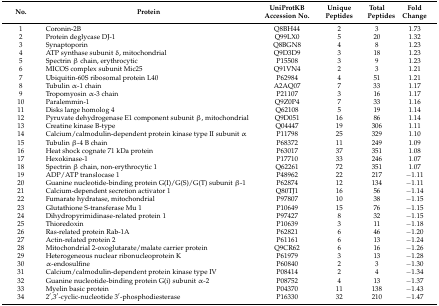
<table><thead><tr><td><b>No.</b></td><td><b>Protein</b></td><td><b>UniProtKB Accession No.</b></td><td><b>Unique Peptides</b></td><td><b>Total Peptides</b></td><td><b>Fold Change</b></td></tr></thead><tbody><tr><td>1</td><td>Coronin-2B</td><td>Q8BH44</td><td>2</td><td>3</td><td>1.73</td></tr><tr><td>2</td><td>Protein deglycase DJ-1</td><td>Q99LX0</td><td>5</td><td>20</td><td>1.32</td></tr><tr><td>3</td><td>Synaptoporin</td><td>Q8BGN8</td><td>4</td><td>8</td><td>1.23</td></tr><tr><td>4</td><td>ATP synthase subunit δ, mitochondrial</td><td>Q9D3D9</td><td>3</td><td>18</td><td>1.23</td></tr><tr><td>5</td><td>Spectrin β chain, erythrocytic</td><td>P15508</td><td>3</td><td>9</td><td>1.23</td></tr><tr><td>6</td><td>MICOS complex subunit Mic25</td><td>Q91VN4</td><td>2</td><td>3</td><td>1.21</td></tr><tr><td>7</td><td>Ubiquitin-60S ribosomal protein L40</td><td>P62984</td><td>4</td><td>51</td><td>1.21</td></tr><tr><td>8</td><td>Tubulin α-1 chain</td><td>A2AQ07</td><td>7</td><td>33</td><td>1.17</td></tr><tr><td>9</td><td>Tropomyosin α-3 chain</td><td>P21107</td><td>3</td><td>16</td><td>1.17</td></tr><tr><td>10</td><td>Paralemmin-1</td><td>Q9Z0P4</td><td>7</td><td>33</td><td>1.16</td></tr><tr><td>11</td><td>Disks large homolog 4</td><td>Q62108</td><td>5</td><td>19</td><td>1.14</td></tr><tr><td>12</td><td>Pyruvate dehydrogenase E1 component subunit β, mitochondrial</td><td>Q9D051</td><td>16</td><td>86</td><td>1.14</td></tr><tr><td>13</td><td>Creatine kinase B-type</td><td>Q04447</td><td>19</td><td>306</td><td>1.11</td></tr><tr><td>14</td><td>Calcium/calmodulin-dependent protein kinase type II subunit α</td><td>P11798</td><td>25</td><td>329</td><td>1.10</td></tr><tr><td>15</td><td>Tubulin β-4 B chain</td><td>P68372</td><td>11</td><td>249</td><td>1.09</td></tr><tr><td>16</td><td>Heat shock cognate 71 kDa protein</td><td>P63017</td><td>37</td><td>351</td><td>1.08</td></tr><tr><td>17</td><td>Hexokinase-1</td><td>P17710</td><td>33</td><td>246</td><td>1.07</td></tr><tr><td>18</td><td>Spectrin β chain, non-erythrocytic 1</td><td>Q62261</td><td>72</td><td>351</td><td>1.07</td></tr><tr><td>19</td><td>ADP/ATP translocase 1</td><td>P48962</td><td>22</td><td>217</td><td>−1.11</td></tr><tr><td>20</td><td>Guanine nucleotide-binding protein G(I)/G(S)/G(T) subunit β-1</td><td>P62874</td><td>12</td><td>134</td><td>−1.11</td></tr><tr><td>21</td><td>Calcium-dependent secretion activator 1</td><td>Q80TJ1</td><td>16</td><td>56</td><td>−1.14</td></tr><tr><td>22</td><td>Fumarate hydratase, mitochondrial</td><td>P97807</td><td>10</td><td>38</td><td>−1.15</td></tr><tr><td>23</td><td>Glutathione S-transferase Mu 1</td><td>P10649</td><td>15</td><td>76</td><td>−1.15</td></tr><tr><td>24</td><td>Dihydropyrimidinase-related protein 1</td><td>P97427</td><td>8</td><td>32</td><td>−1.15</td></tr><tr><td>25</td><td>Thioredoxin</td><td>P10639</td><td>3</td><td>11</td><td>−1.18</td></tr><tr><td>26</td><td>Ras-related protein Rab-1A</td><td>P62821</td><td>6</td><td>46</td><td>−1.20</td></tr><tr><td>27</td><td>Actin-related protein 2</td><td>P61161</td><td>6</td><td>13</td><td>−1.24</td></tr><tr><td>28</td><td>Mitochondrial 2-oxoglutarate/malate carrier protein</td><td>Q9CR62</td><td>6</td><td>16</td><td>−1.26</td></tr><tr><td>29</td><td>Heterogeneous nuclear ribonucleoprotein K</td><td>P61979</td><td>3</td><td>13</td><td>−1.28</td></tr><tr><td>30</td><td>α-endosulfine</td><td>P60840</td><td>2</td><td>3</td><td>−1.30</td></tr><tr><td>31</td><td>Calcium/calmodulin-dependent protein kinase type IV</td><td>P08414</td><td>2</td><td>4</td><td>−1.34</td></tr><tr><td>32</td><td>Guanine nucleotide-binding protein G(i) subunit α-2</td><td>P08752</td><td>4</td><td>13</td><td>−1.37</td></tr><tr><td>33</td><td>Myelin basic protein</td><td>P04370</td><td>11</td><td>138</td><td>−1.43</td></tr><tr><td>34</td><td>2′,3′-cyclic-nucleotide 3′-phosphodiesterase</td><td>P16330</td><td>32</td><td>210</td><td>−1.47</td></tr></tbody></table>